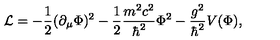
{ \cal L } = - \frac { 1 } { 2 } ( \partial _ { \mu } \Phi ) ^ { 2 } - \frac { 1 } { 2 } \frac { m ^ { 2 } c ^ { 2 } } { \hbar ^ { 2 } } \Phi ^ { 2 } - \frac { g ^ { 2 } } { \hbar ^ { 2 } } V ( \Phi ) ,